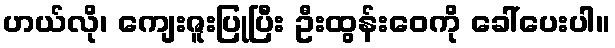
ဟယ်လို၊ ကျေးဇူးပြုပြီး ဦးထွန်းဝေကို ခေါ်ပေးပါ။